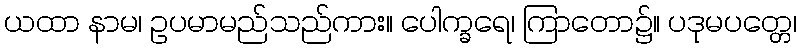
ယထာ နာမ၊ ဥပမာမည်သည်ကား။ ပေါက္ခရေ၊ ကြာတော၌။ ပဒုမပတ္တေ၊